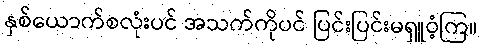
နှစ်ယောက်စလုံးပင် အသက်ကိုပင် ပြင်းပြင်းမရှူဝံ့ကြ။